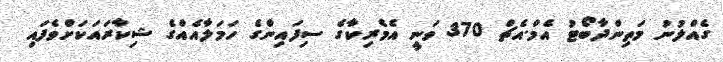
ގެއްލުނު މަތިންދާބޯޓު އެމް.އެޗް 370 ވަނީ އެމެރިކާގެ ސިފައިންގެ ހަމަލާއެއްގެ ޝިކާރައަކަށްވެފައި